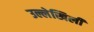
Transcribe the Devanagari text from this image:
उल्लेखिली